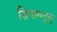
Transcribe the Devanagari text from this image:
सिनायतुल्